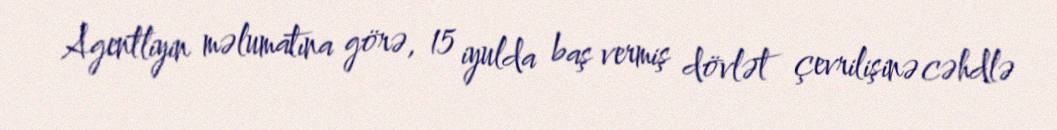
Agentliyin məlumatına görə, 15 iyulda baş vermiş dövlət çevrilişinə cəhdlə